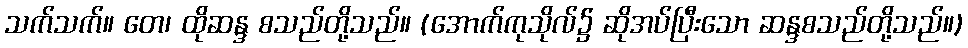
သက်သက်။ တေ၊ ထိုဆန္ဒ စသည်တို့သည်။ (အောက်ကုသိုလ်၌ ဆိုအပ်ပြီးသော ဆန္ဒစသည်တို့သည်။)